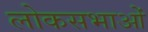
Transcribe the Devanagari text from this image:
लोकसभाओं